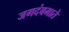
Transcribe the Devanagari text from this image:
जगदंबमाते